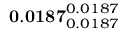
\mathbf { 0 . 0 1 8 7 } _ { 0 . 0 1 8 7 } ^ { 0 . 0 1 8 7 }